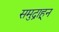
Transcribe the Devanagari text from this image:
समुद्राहून